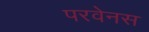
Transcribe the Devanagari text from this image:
परवेनस